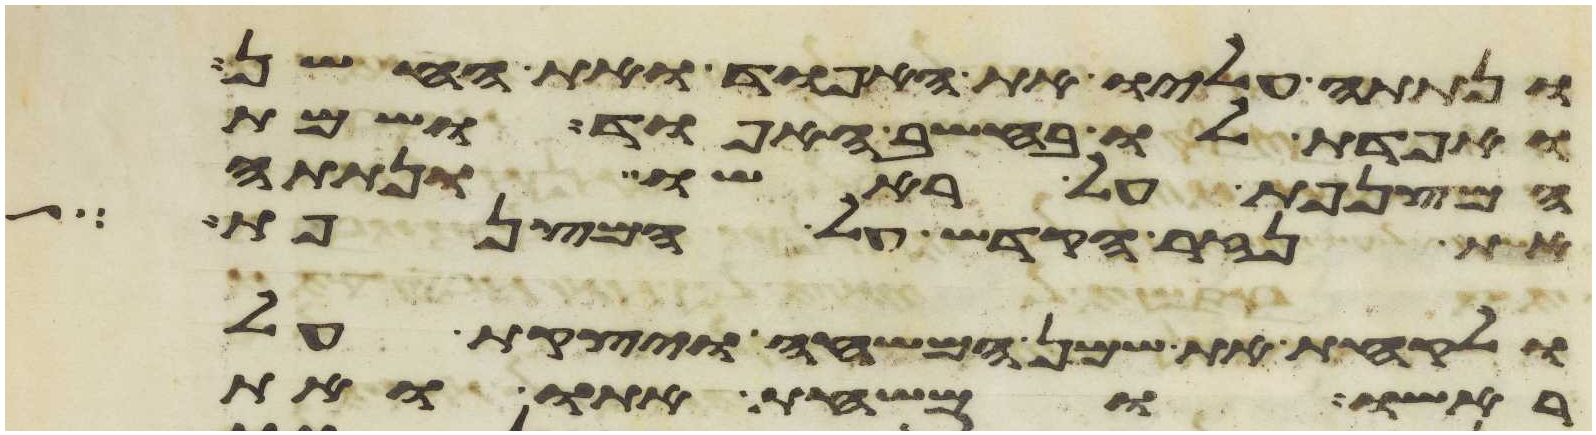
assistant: ונתתה עליו את האפוד ואת החשן
ואפדת לו בחשב האפוד ושמת
המצנפת על ראשו ונתתה
את נזר הקדש על המצנפת
ולקחת את שמן המשחה ויצקת על
ראשו ומשחת אתו ואת